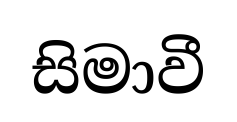
සිමාවී